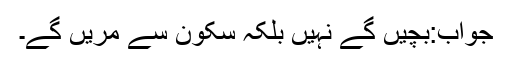
جواب:بچیں گے نہیں بلکہ سکون سے مریں گے۔